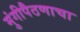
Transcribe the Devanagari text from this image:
मुंगीपैठणाचा